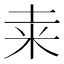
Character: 𥸮